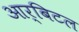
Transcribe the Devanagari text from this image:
आर्बिटल